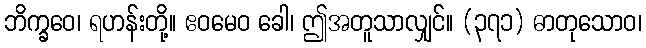
ဘိက္ခဝေ၊ ရဟန်းတို့။ ဧဝမေဝ ခေါ၊ ဤအတူသာလျှင်။ (၃၇၁) ဓာတုသောဝ၊